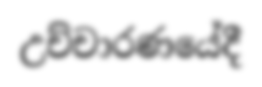
උච්චාරණයේදී